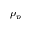
\rho _ { p }